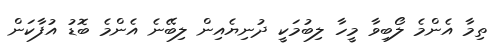
ތިމާ އެންމެ ލޯބިވާ މީހާ ލިބުމަކީ ދުނިޔެއިން ލިބޭނެ އެންމެ ބޮޑު އުފާކަން